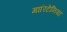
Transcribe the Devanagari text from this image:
मारिटेनिया